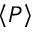
\left\langle P \right\rangle